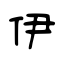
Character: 伊